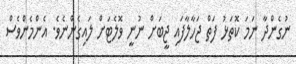
ނުގެންދާ ނަމަ ކޮތަޅު ފަތް ޖަހާލާފައި ޖީބަށް ނުނީ ވޮލެޓަށް ލައިގެންނެވެ. އެންމެންވެސް